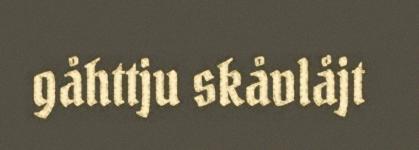
gåhttju skåvlåjt